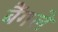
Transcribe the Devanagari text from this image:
बैंगले